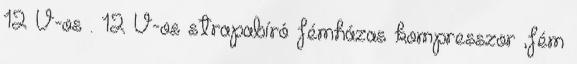
12 V-os . 12 V-os strapabíró fémházas kompresszor ,fém